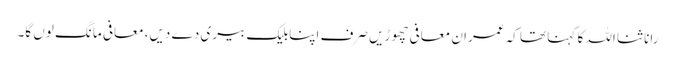
رانا ثنا اللہ کا کہنا تھا کہ عمران معافی چھوڑیں صرف اپنابلیک بیری دے دیں، معافی مانگ لوں گا۔